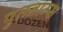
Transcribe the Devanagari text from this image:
पुतनाम्स